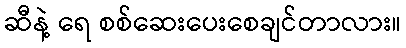
ဆီနဲ့ ရေ စစ်ဆေးပေးစေချင်တာလား။